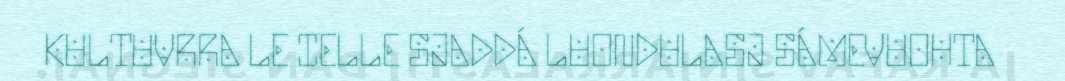
KULTUVRRA LE IELLE SJADDÁ LUONDULASJ SÁMEVUOHTA